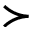
\succ